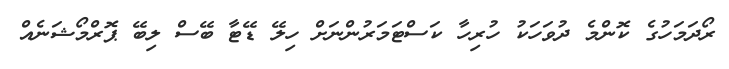
ރޯދަމަހުގެ ކޮންމެ ދުވަހަކު ހުރިހާ ކަސްޓަމަރުންނަށް ހިލޭ ޑޭޓާ ބޭސް ލިބޭ ޕޮރްމޯޝަނެއް